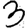
Digit: 3